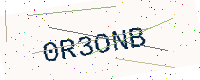
Text: 0R3ONB